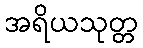
အရိယသုတ္တ